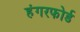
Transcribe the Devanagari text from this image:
हंगरफोर्ड